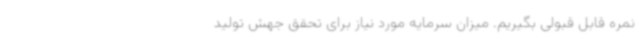
نمره قابل قبولی بگیریم. میزان سرمایه مورد نیاز برای تحقق جهش تولید